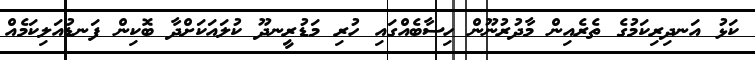
ކަޅު އަނދިރިކަމުގެ ތެރެއިން މާދުރުނޫން ހިސާބެއްގައި ހުރި މަޑުރީނދޫ ކުލައަކަށްދާ ބޮކިން ފަނޑުއަލިކަމެއް